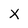
Character: X